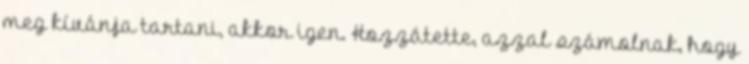
meg kívánja tartani, akkor igen. Hozzátette, azzal számolnak, hogy